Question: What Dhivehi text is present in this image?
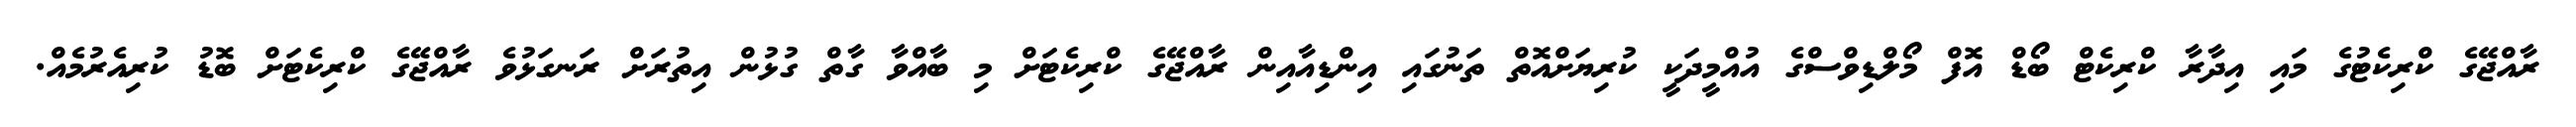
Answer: ރާއްޖޭގެ ކްރިކެޓުގެ މައި އިދާރާ ކްރިކެޓް ބޯޑް އޮފް މޯލްޑިވްސްގެ އުއްމީދަކީ ކުރިޔަށްއޮތް ތަނުގައި އިންޑިއާއިން ރާއްޖޭގެ ކްރިކެޓަށް މި ބާއްވާ ގާތް ގުޅުން އިތުރަށް ރަނގަޅުވެ ރާއްޖޭގެ ކްރިކެޓަށް ބޮޑު ކުރިއެރުމެއް.